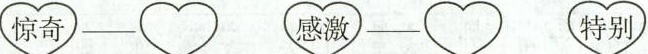
惊奇 感激 特别